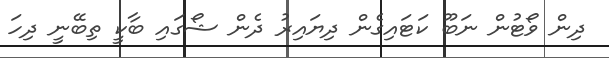
ދިން ވޯޓުން ނަބޫ ކަޓައިގެން ދިޔައިރު ދެން ޝޯގައި ބާކީ ތިބޭނީ ދިހަ